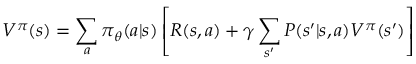
V ^ { \pi } ( s ) = \sum _ { a } \pi _ { \theta } ( a | s ) \left[ R ( s , a ) + \gamma \sum _ { s ^ { \prime } } P ( s ^ { \prime } | s , a ) V ^ { \pi } ( s ^ { \prime } ) \right]